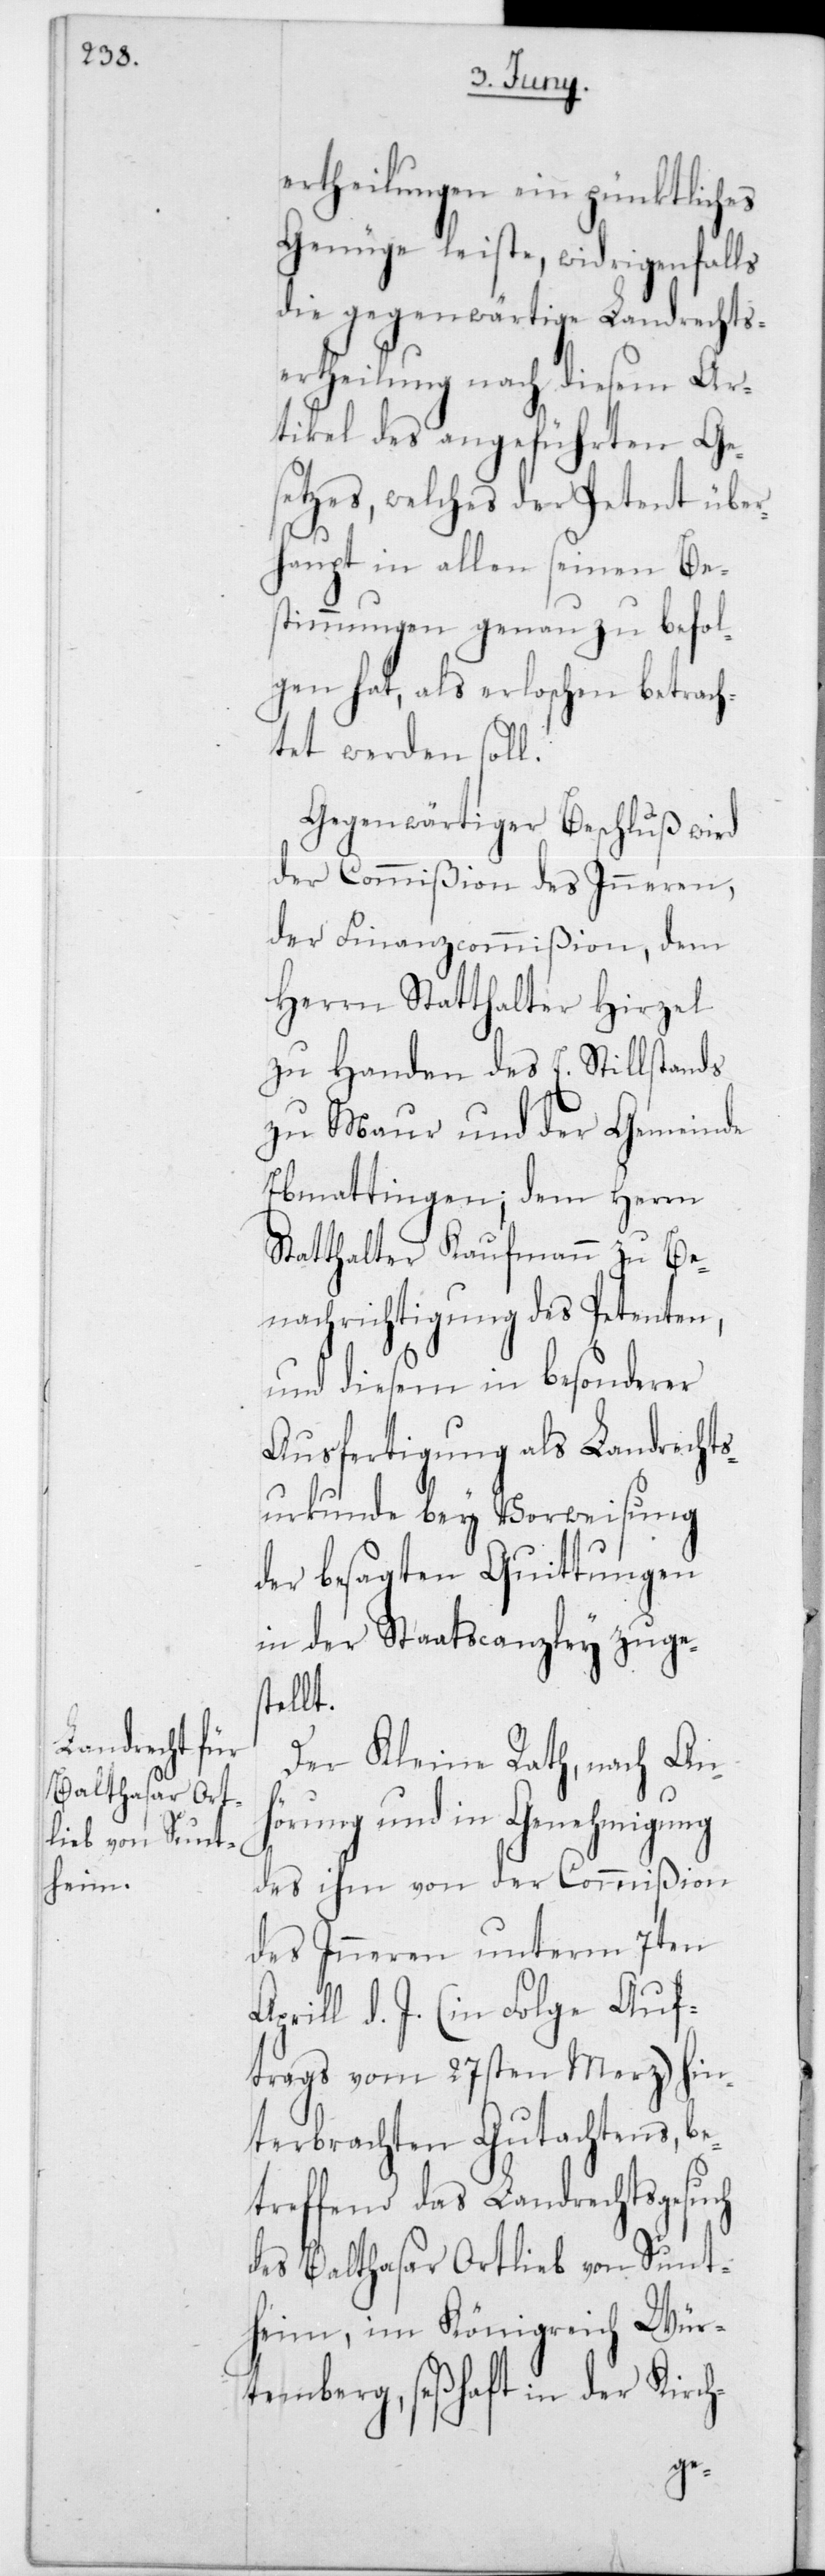
ertheilungen ein pünktliches
Genüge leiste, widrigenfalls
die gegenwärtige Landrechts¬
ertheilung nach diesem Ar¬
tikel des angeführten Ge¬
setzes, welches der Petent über¬
haupt in allen seinen Be¬
stimmungen genau zu befol¬
gen hat, als erloschen betrach¬
tet werden soll.
Gegenwärtiger Beschluß wird
der Commißion des Inneren,
der Finanzcommißion, dem
Herrn Statthalter Hirzel
zu Handen des E. Stillstands
zu Maur und der Gemeinde
Ebmattingen; dem Herrn
Statthalter Kaufmann zu Be¬
nachrichtigung des Petenten,
und diesem in besonderer
Ausfertigung als Landrechts¬
urkunde bey Vorweisung
der besagten Quittungen
in der Staatscanzley zuges¬
tellt.
Der Kleine Rath, nach An¬
hörung und in Genehmigung
des ihm von der Commißion
des Inneren unterm 7ten
Aprill d. J. (in Folge Auf¬
trags vom 27sten Merz) hin¬
terbrachten Gutachtens, be¬
treffend das Landrechtsgesuch
des Balthasar Ortlieb von Sunt¬
heim im Königreich Wür¬
temberg, seßhaft in der Kirch-